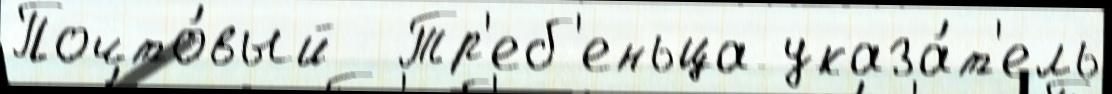
Почто́вый  Тр'еб'еньца указа́т'ель